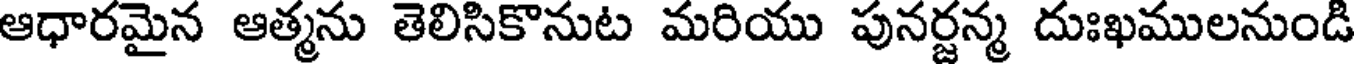
ఆధారమైన ఆత్మను తెలిసికొనుట మరియు పునర్జన్మ దుఃఖములనుండి